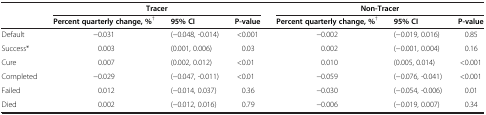
<table><thead><tr><td rowspan="2"><b> </b></td><td colspan="3"><b>Tracer</b></td><td colspan="3"><b>Non-Tracer</b></td></tr><tr><td><b>Percent quarterly change, %<sup>†</sup></b></td><td><b>95% CI</b></td><td><b>P-value</b></td><td><b>Percent quarterly change, %<sup>†</sup></b></td><td><b>95% CI</b></td><td><b>P-value</b></td></tr></thead><tbody><tr><td>Default</td><td>−0.031</td><td>(−0.048, -0.014)</td><td> </td><td> </td><td> </td><td>&lt;0.001</td><td>−0.002</td><td>(−0.019, 0.016)</td><td>0.85</td></tr><tr><td>Success*</td><td>0.003</td><td>(0.001, 0.006)</td><td> </td><td> </td><td> </td><td>0.03</td><td>0.002</td><td>(−0.001, 0.004)</td><td>0.16</td></tr><tr><td>Cure</td><td>0.007</td><td>(0.002, 0.012)</td><td> </td><td> </td><td> </td><td>&lt;0.01</td><td>0.010</td><td>(0.005, 0.014)</td><td>&lt;0.001</td></tr><tr><td>Completed</td><td>−0.029</td><td>(−0.047, -0.011)</td><td> </td><td> </td><td> </td><td>&lt;0.01</td><td>−0.059</td><td>(−0.076, -0.041)</td><td>&lt;0.001</td></tr><tr><td>Failed</td><td>0.012</td><td>(−0.014, 0.037)</td><td> </td><td> </td><td> </td><td>0.36</td><td>−0.030</td><td>(−0.054, -0.006)</td><td>0.01</td></tr><tr><td>Died</td><td>0.002</td><td>(−0.012, 0.016)</td><td> </td><td> </td><td> </td><td>0.79</td><td>−0.006</td><td>(−0.019, 0.007)</td><td>0.34</td></tr></tbody></table>